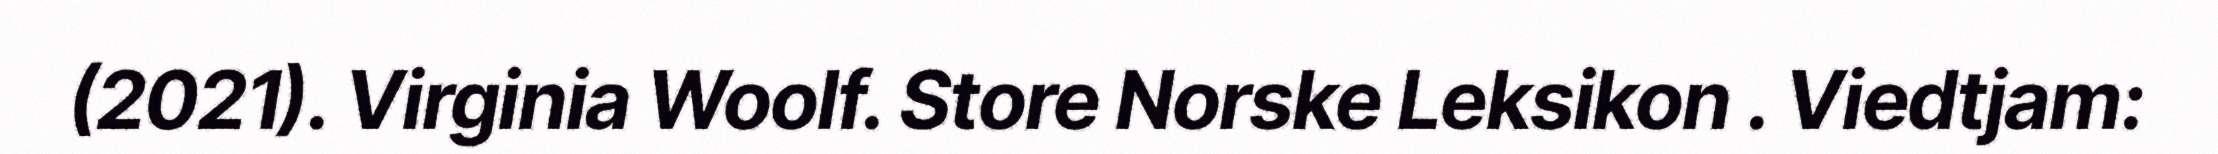
(2021). Virginia Woolf. Store Norske Leksikon . Viedtjam: